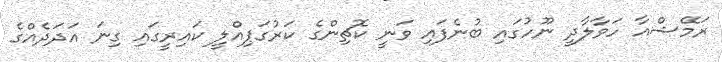
ރަމޭޝްއާ ހަވާލާދީ ނޫހުގައި ބުނެފައި ވަނީ ކޮޗިންގެ ކަރުގަޕިއްލީ ކައިރީގައި ގިނަ އަދަދެއްގެ